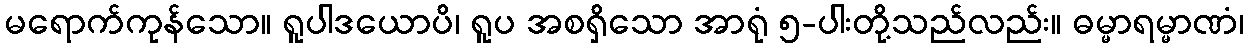
မရောက်ကုန်သော။ ရူပါဒယောပိ၊ ရူပ အစရှိသော အာရုံ ၅-ပါးတို့သည်လည်း။ ဓမ္မာရမ္မာဏံ၊